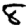
Digit: 8